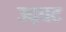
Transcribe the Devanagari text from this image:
उद्घट